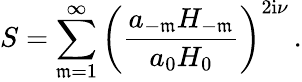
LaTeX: S=\sum_{\mathfrak{m}=1}^{\infty}\left(\frac{{a_{-\mathfrak{m}}H_{-\mathfrak{m}}}}{{a_{0}H_{0}}}\right)^{2\mathrm{{i}}\nu}\, .